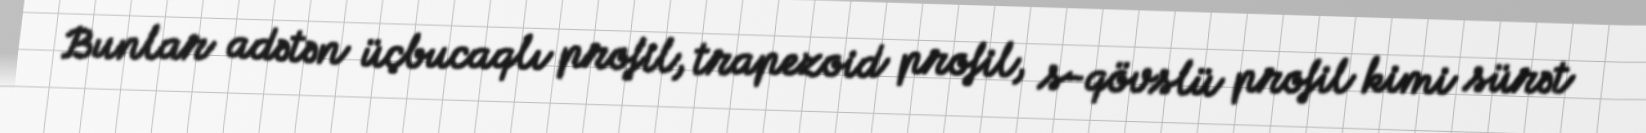
Bunlar adətən üçbucaqlı profil, trapezoid profil, s-qövslü profil kimi sürət